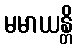
မမာယန္တိ